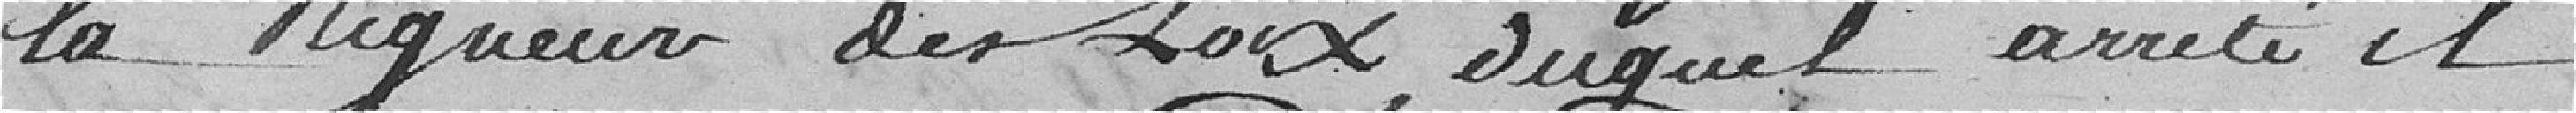
la rigueur des loix duquel arrêté il